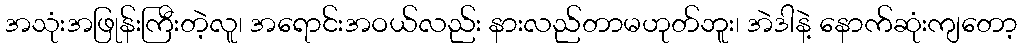
အသုံးအဖြုန်းကြီးတဲ့လူ၊ အရောင်းအဝယ်လည်း နားလည်တာမဟုတ်ဘူး၊ အဲဒါနဲ့ နောက်ဆုံးကျတော့